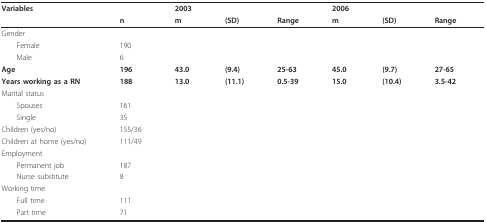
<table><thead><tr><td><b>Variables</b></td><td></td><td><b>2003</b></td><td></td><td></td><td><b>2006</b></td><td></td><td></td></tr><tr><td></td><td><b>n</b></td><td><b>m</b></td><td><b>(SD)</b></td><td><b>Range</b></td><td><b>m</b></td><td><b>(SD)</b></td><td><b>Range</b></td></tr></thead><tbody><tr><td>Gender</td><td></td><td></td><td></td><td></td><td></td><td></td><td></td></tr><tr><td> Female</td><td>190</td><td></td><td></td><td></td><td></td><td></td><td></td></tr><tr><td> Male</td><td>6</td><td></td><td></td><td></td><td></td><td></td><td></td></tr><tr><td><b>Age</b></td><td><b>196</b></td><td><b>43.0</b></td><td><b>(9.4)</b></td><td><b>25-63</b></td><td><b>45.0</b></td><td><b>(9.7)</b></td><td><b>27-65</b></td></tr><tr><td><b>Years working as a RN</b></td><td><b>188</b></td><td><b>13.0</b></td><td><b>(11.1)</b></td><td><b>0.5-39</b></td><td><b>15.0</b></td><td><b>(10.4)</b></td><td><b>3.5-42</b></td></tr><tr><td>Marital status</td><td></td><td></td><td></td><td></td><td></td><td></td><td></td></tr><tr><td> Spouses</td><td>161</td><td></td><td></td><td></td><td></td><td></td><td></td></tr><tr><td> Single</td><td>35</td><td></td><td></td><td></td><td></td><td></td><td></td></tr><tr><td>Children (yes/no)</td><td>155/36</td><td></td><td></td><td></td><td></td><td></td><td></td></tr><tr><td>Children at home (yes/no)</td><td>111/49</td><td></td><td></td><td></td><td></td><td></td><td></td></tr><tr><td>Employment</td><td></td><td></td><td></td><td></td><td></td><td></td><td></td></tr><tr><td> Permanent job</td><td>187</td><td></td><td></td><td></td><td></td><td></td><td></td></tr><tr><td> Nurse substitute</td><td>8</td><td></td><td></td><td></td><td></td><td></td><td></td></tr><tr><td>Working time</td><td></td><td></td><td></td><td></td><td></td><td></td><td></td></tr><tr><td> Full time</td><td>111</td><td></td><td></td><td></td><td></td><td></td><td></td></tr><tr><td> Part time</td><td>71</td><td></td><td></td><td></td><td></td><td></td><td></td></tr></tbody></table>